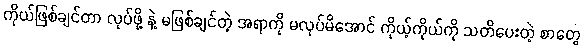
ကိုယ်ဖြစ်ချင်တာ လုပ်ဖို့ နဲ့ မဖြစ်ချင်တဲ့ အရာကို မလုပ်မိအောင် ကိုယ့်ကိုယ်ကို သတိပေးတဲ့ စာတွေ